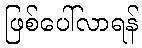
ဖြစ်ပေါ်လာရန်